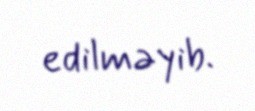
edilməyib.